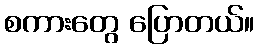
စကားတွေ ပြောတယ်။